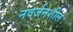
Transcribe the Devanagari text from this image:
नवर्जनशील